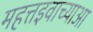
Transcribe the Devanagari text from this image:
महत्तइवाच्याआ